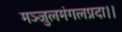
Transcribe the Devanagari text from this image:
मञ्जुलमंगलप्रदा।।